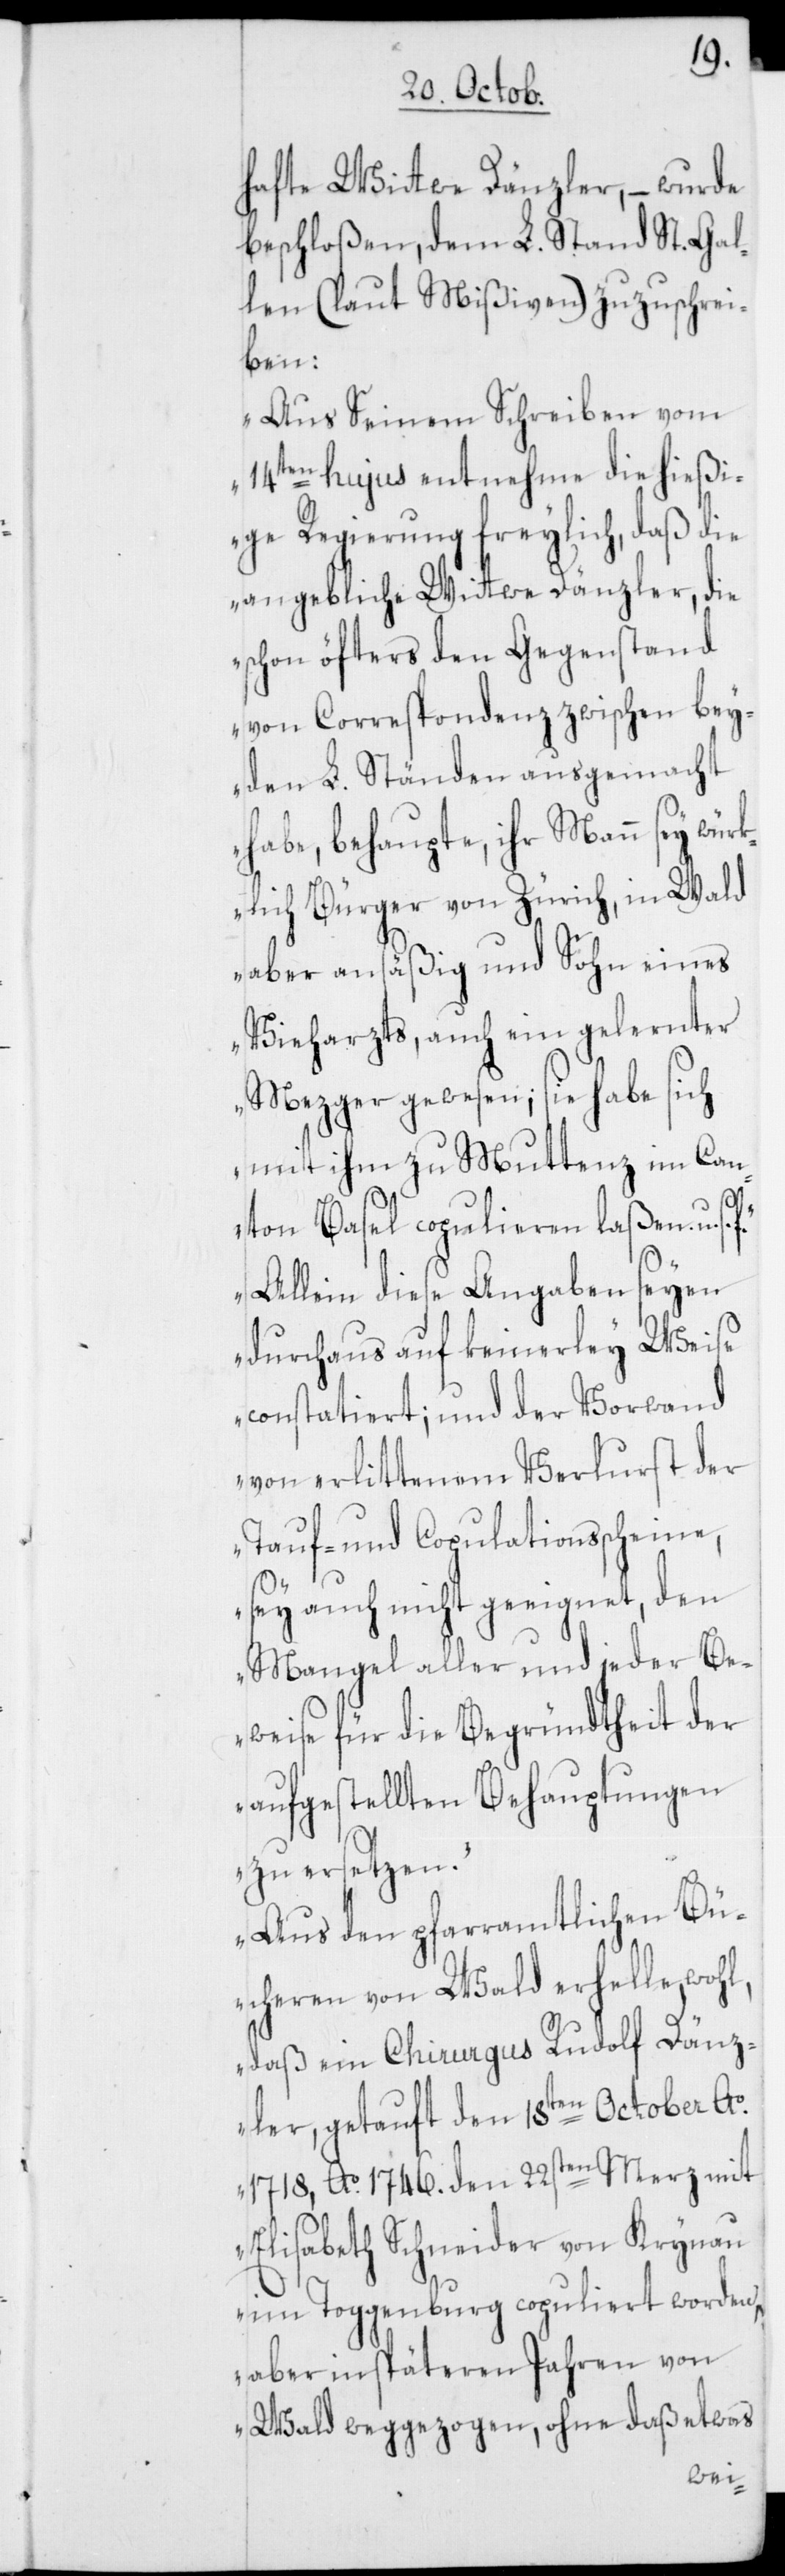
hafte Wittwe Dänzler, – wurde
beschloßen, dem L. Stand St. Gal¬
len (laut Mißiven) zuzuschrei¬
ben:
„Aus Seinem Schreiben vom
14ten hujus entnehme die hießi¬
ge Regierung freylich, daß die
angebliche Wittwe Dänzler, die
schon öfters den Gegenstand
von Correspondenz zwischen bey¬
den L. Ständen ausgemacht
habe, behaupte, ihr Mann sey würk¬
lich Bürger von Zürich, in Wald
aber ansäßig und Sohn eines
Vieharzts, auch ein gelernter
Mezger gewesen; sie habe sich
mit ihm zu Muttenz im Can¬
l,
ton Basel copulieren laßen. u.
Allein diese Angaben seyen
durchaus auf keinerley Weise
constatiert; und der Vorwand
von erlittenem Verlurst der
Tauf- und Copulationsscheine,
sey auch nicht geeignet, den
Mangel aller und jeder Be¬
weise für die Begründtheit der
aufgestellten Behauptungen
zu ersetzen.
Aus den pfarramtlichen Bü¬
cheren von Wald erhelle, woh¬
daß ein Chirurgus Rudolf Dänz¬
ler, getauft den 18ten October Ao.
1718, Ao. 1746. den 22sten Merz mit
Elisabeth Schneider von Krynau
im Toggenburg copuliert worden,
aber in späteren Jahren von
Wald weggezogen, ohne daß etwas